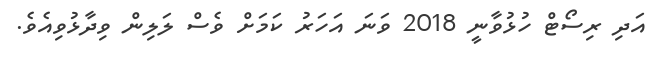
އަދި ރިސޯޓް ހުޅުވާނީ 2018 ވަނަ އަހަރު ކަމަށް ވެސް ލަލިން ވިދާޅުވިއެވެ.